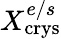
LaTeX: X_{\mathrm{crys}}^{e/s}